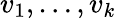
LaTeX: v_{1},\ldots,v_{k}